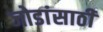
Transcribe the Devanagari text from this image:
जोडांसाठी